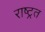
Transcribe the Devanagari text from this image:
राष्ट्रत